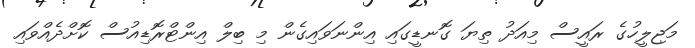
މަޖިލީހުގެ ރައީސް މިއަދު ތިޔަ ގޮނޑީގައި އިންނަވައިގެން މި ބިލް އިންޓްރޮޑިއުސް ކޮށްދެއްވައި